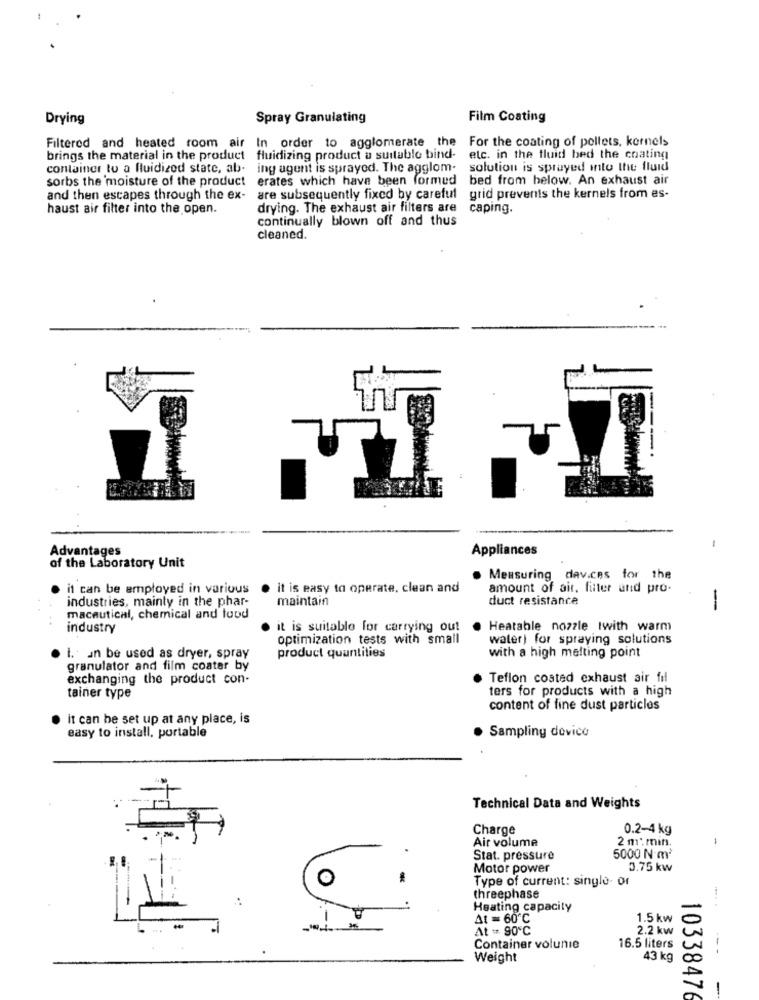
Drying
Spray Granulating
Film Coating
For the coating of pellets, kernels
Filtered and heated room air In order to agglomerate the
brings the material in the product fluidizing product a suitable bind-
etc. in the fluid bed the coating
container to a fluidized state, ab. ing agent is sprayed. The agglom-
solution is sprayed into the fluid
sorbs the moisture of the product
erates which have been formed
bed from below. An exhaust air
and then escapes through the ex-
are subsequently fixed by careful grid prevents the kernels from es-
haust air filter into the open.
drying. The exhaust air filters are
caping.
continually blown off and thus
cleaned.
Advantages
Appliances
of the Laboratory Unit
. Meusuring dav.ces for the
it can be employed in various
it is easy to operate, clean and
amount of air, filter and pro-
industries, mainly in the phar-
maintain
duct resistance
-
macautical, chemical and food
industry
it is suitable for carrying out
. Heatable nozzle twith warm
optimization tests with small
water) for spraying solutions
. I .: un be used as dryer, spray
product quantities
with a high melting point
granulator and film coater by
exchanging the product con-
Teflon costed exhaust air fil
ters for products with a high
tainer type
content of fine dust particles
· it can be set up at any place, is
easy to install, portable
· Sampling device
Technical Data and Weights
Charge
0.2-4 kg
Air volume
2 m: mif.
-
Stat. pressure
5000 N·m2
Motor power
3.75 kw
Type of current: single- or
threephase
Heating capacity
At = 60 ℃
1.5 kw
At + 90 ℃
2.2 kw
Container volunie
16.5 liters
Weight
43 kg
10338476